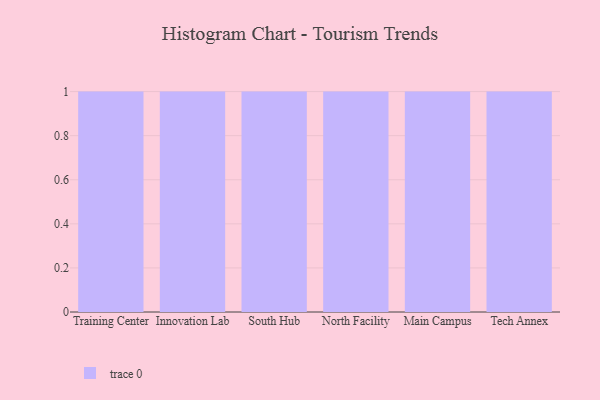
{"axis": {"x": "Campus", "y": "Energy Usage (MWh)"}, "legend": [""], "data": [{"x": "Training Center", "y": 11, "type": ""}, {"x": "Innovation Lab", "y": 12, "type": ""}, {"x": "South Hub", "y": 71, "type": ""}, {"x": "North Facility", "y": 38, "type": ""}, {"x": "Main Campus", "y": 30, "type": ""}, {"x": "Tech Annex", "y": 63, "type": ""}]}